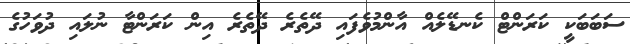
ސަބަބަކީ ކަރަންޓް ކެނޑޭލެއް އާންމުވެފައި ދޭތެރެ ދޭތެރެ އިން ކަރަންޓާ ނުލައި ދުވަހުގެ